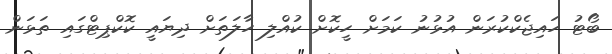
ބޯޓު ހައިޖެކްކުރަން އުޅުނު ކަމަށް ހީކޮށް ކުއްލި ހާލަތަށް ދިޔައީ ކޮކްޕިޓްގައި ތަޅަން